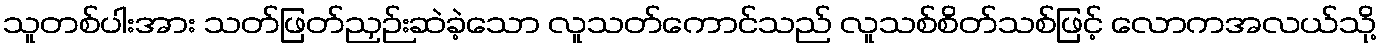
သူတစ်ပါးအား သတ်ဖြတ်ညှဉ်းဆဲခဲ့သော လူသတ်ကောင်သည် လူသစ်စိတ်သစ်ဖြင့် လောကအလယ်သို့